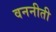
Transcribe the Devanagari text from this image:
वननीती